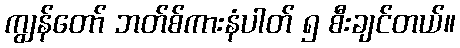
ကျွန်တော် ဘတ်စ်ကားနံပါတ် ၅ စီးချင်တယ်။